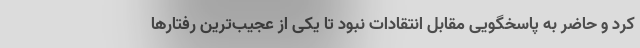
کرد و حاضر به پاسخگویی مقابل انتقادات نبود تا یکی از عجیب‌ترین رفتارها